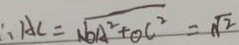
\therefore A C = \sqrt { O A ^ { 2 } + O C ^ { 2 } } = \sqrt { 2 }